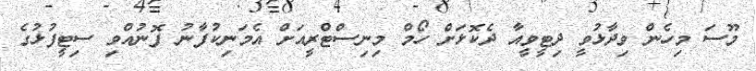
މޫސަ މިހެން ވިދާޅުވީ ދިޓީވީއާ ދެކޮޅަށް ހޯމް މިނިސްޓްރީއަށް އެމަނިކުފާނު ފޮނުއްވި ސިޓީފުޅުގެ